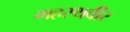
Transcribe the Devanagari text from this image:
महस्थवीर